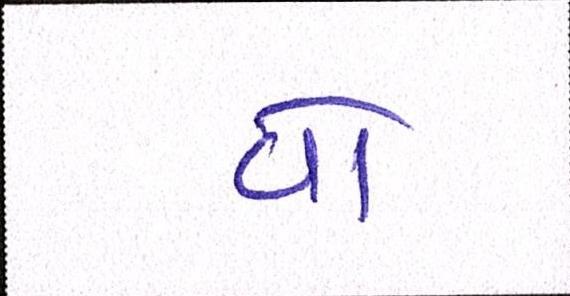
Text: વો